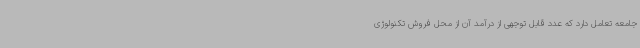
جامعه تعامل دارد که عدد قابل توجهی از درآمد آن از محل فروش تکنولوژی